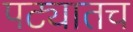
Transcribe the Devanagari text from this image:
पट्यातच